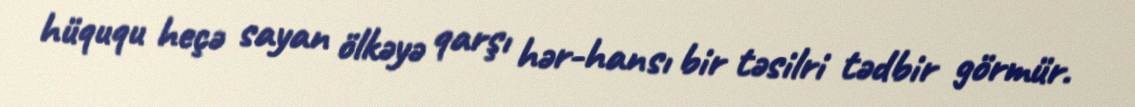
hüququ heçə sayan ölkəyə qarşı hər-hansı bir təsilri tədbir görmür.